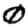
Digit: 0